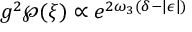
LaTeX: g ^ { 2 } \wp ( \xi ) \propto e ^ { 2 \omega _ { 3 } ( \delta - | \epsilon | ) }